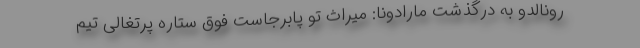
رونالدو به درگذشت مارادونا: میراث تو پابرجاست فوق ستاره پرتغالی تیم